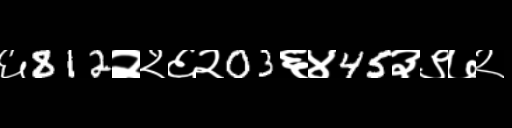
Text: ६812२२६२03६४45३९७२